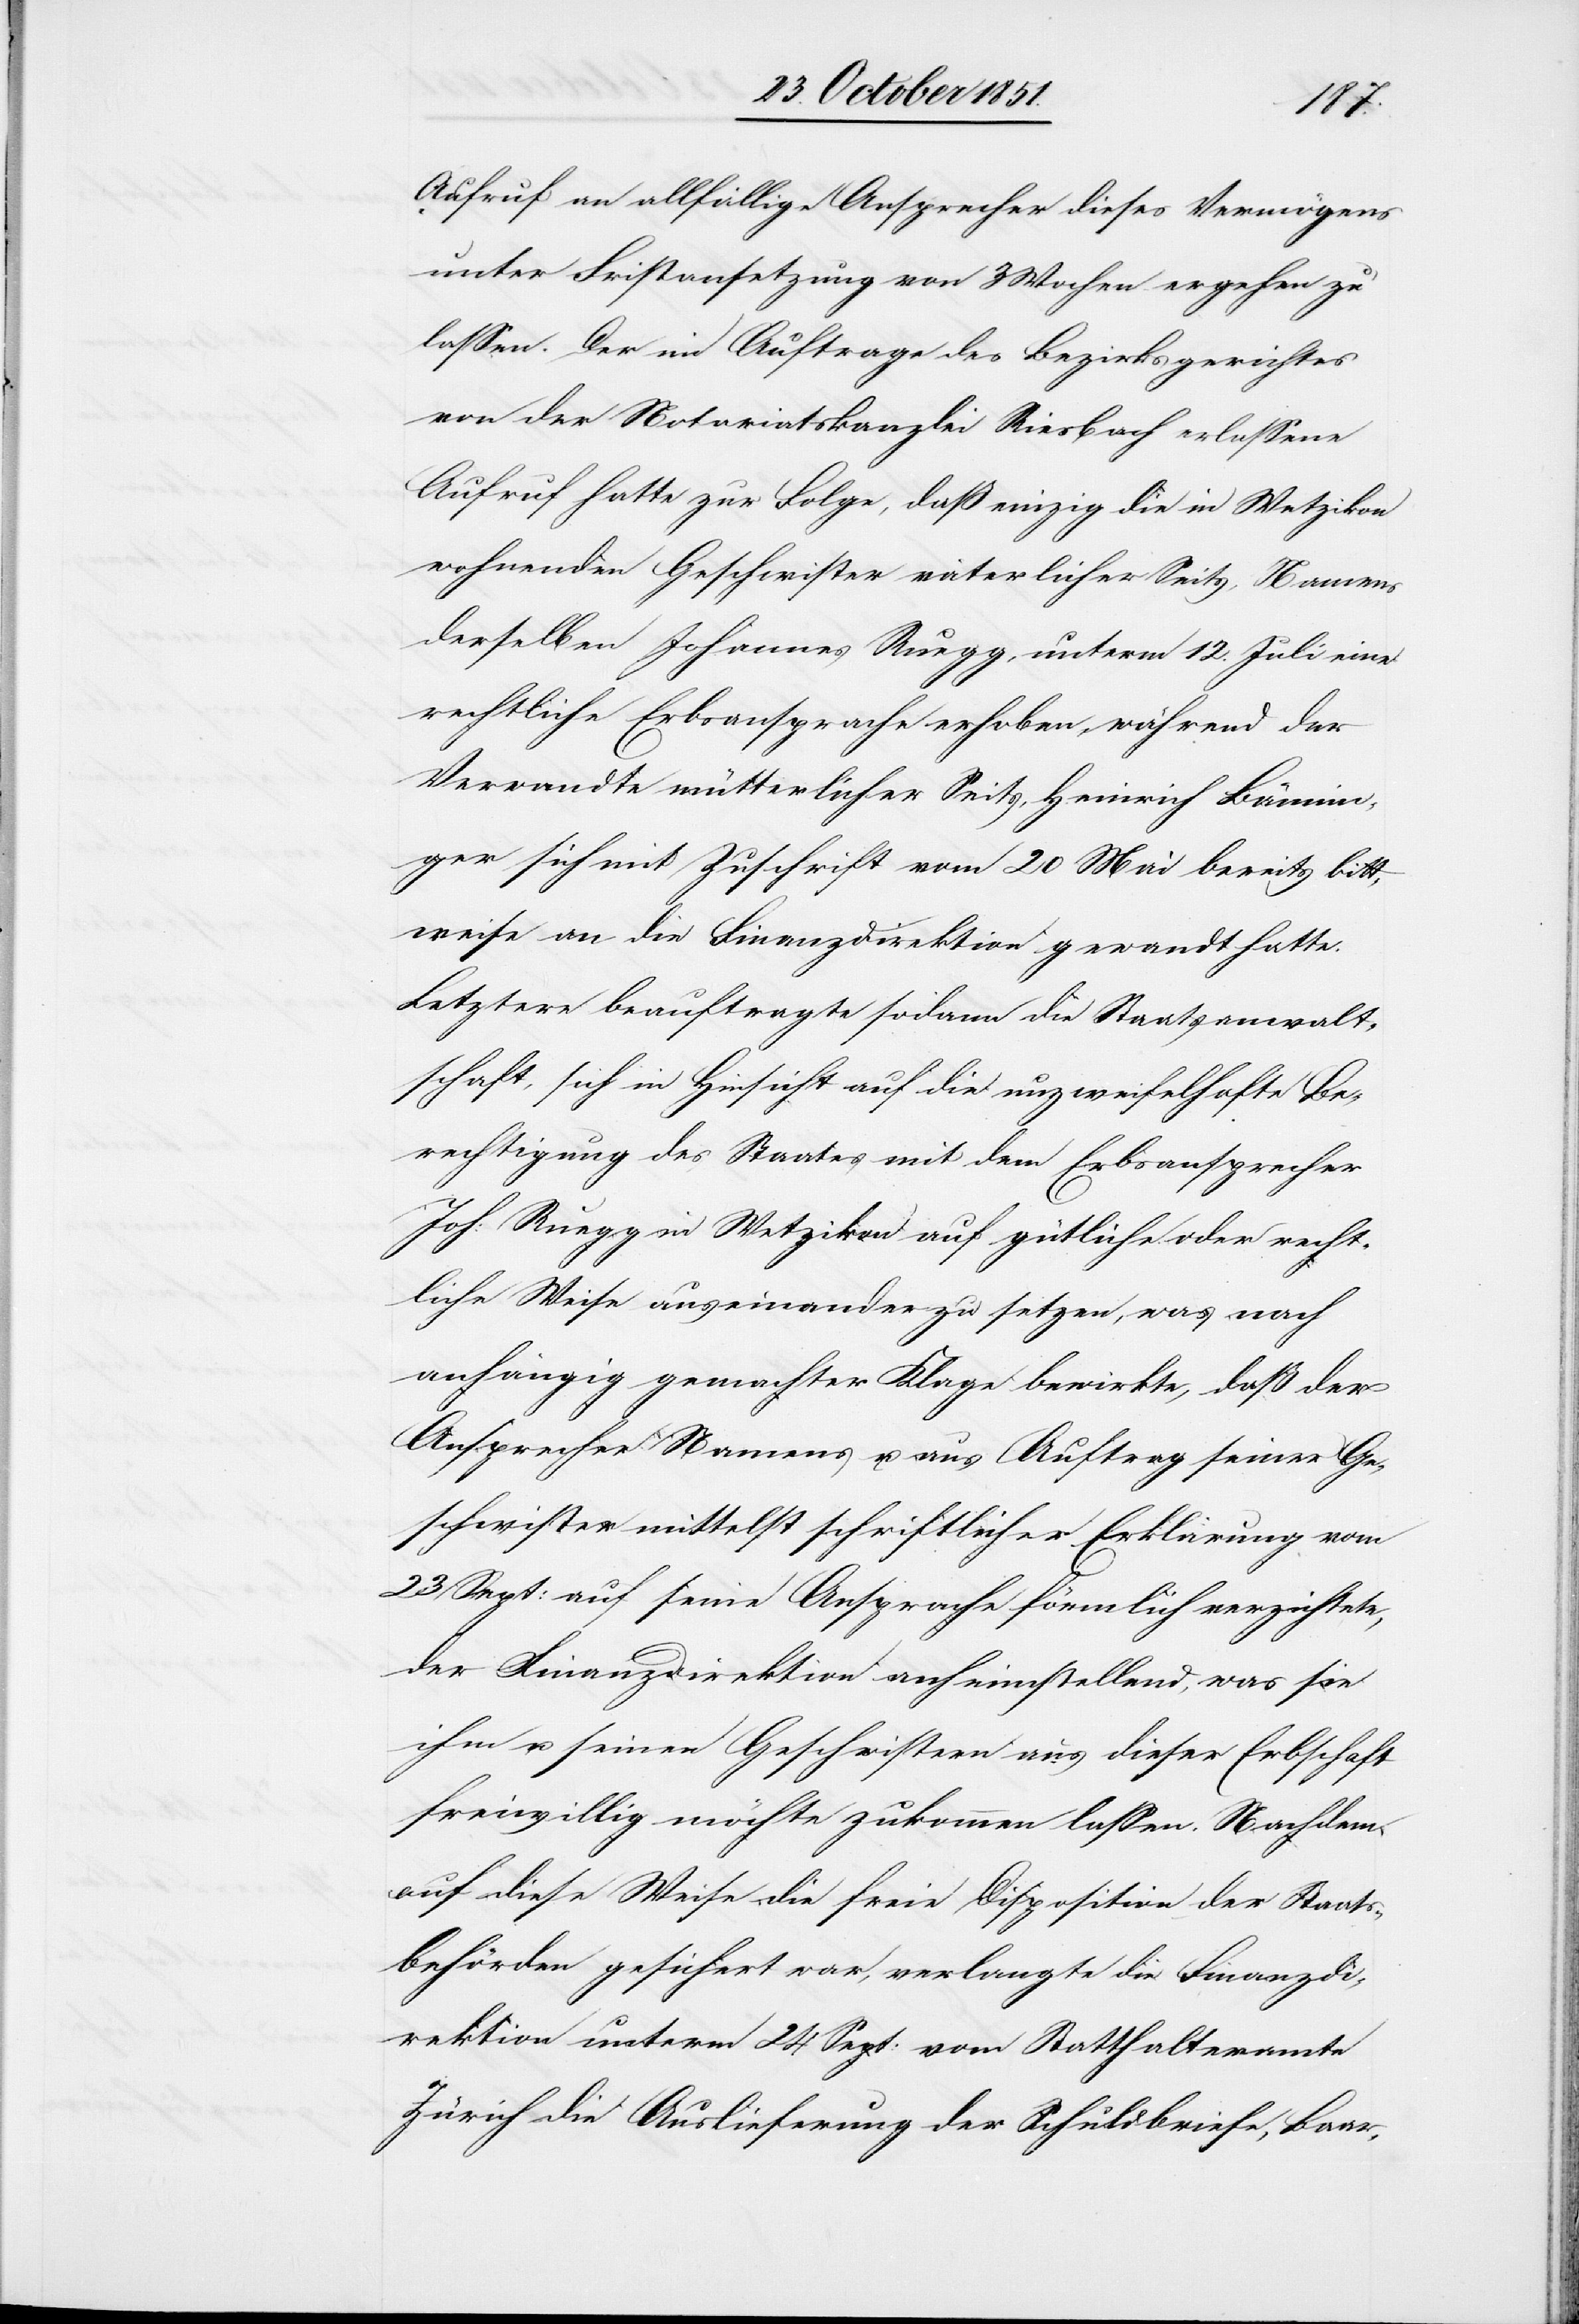
Aufruf an allfällige Ansprecher dieses Vermögens
unter Fristansetzung von 3 Wochen ergehen zu
lassen. Der im Auftrage des Bezirksgerichtes
von der Notariatskanzlei Riesbach erlassene
Aufruf hatte zur Folge, daß einzig die in Wetzikon
wohnenden Geschwister väterlicher Seits, Namens
derselben Johannes Ruegg, unterm 12. Juli eine
rechtliche Erbsansprache erhoben, während der
Verwandte mütterlicher Seits, Heinrich Bännin¬
ger sich mit Zuschrift vom 20 Mai bereits bitt¬
weise an die Finanzdirektion gewandt hatte.
Letztere beauftragte sodann die Staatsanwalt¬
schaft, sich in Hinsicht auf die unzweifelhafte Be¬
rechtigung des Staates mit dem Erbsansprecher
Joh: Ruegg in Wetzikon auf gütliche oder recht¬
liche Weise auseinander zu setzen, was nach
anhängig gemachter Klage bewirkte, daß der
Ansprecher Namens u. aus Auftrag seiner Ge¬
schwister mittelst schriftlicher Erklärung vom
23 Sept: auf seine Ansprache förmlich verzichtete,
der Finanzdirektion anheimstellend, was sie
ihm u. seinen Geschwistern aus dieser Erbschaft
freiwillig möchte zukommen lassen. Nachdem
auf diese Weise die freie Disposition der Staats¬
behörden gesichert war, verlangte die Finanzdi¬
rektion unterm 24 Sept: vom Statthalteramte
Zürich die Auslieferung der Schuldbriefe, Baar-